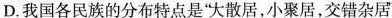
D.我国各民族的分布特点是”大散居，小聚居，交错杂居'